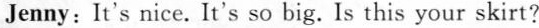
Jenny: It's nice.It's so big. Is this your skirt?